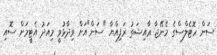
ސަން ހޮޓެެލްސްގެ މެނޭޖާ ޢާއިޝަތު ރަފިއްޔާ "ސަން"އަށް ވިދާޅުވީ މިއަދު އެޓީމަށް ސޮއި